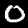
Digit: 0